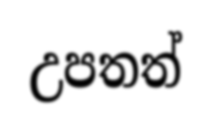
උපතත්